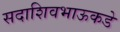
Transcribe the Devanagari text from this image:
सदाशिवभाऊकडे